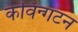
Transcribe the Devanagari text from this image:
केविन्गटन